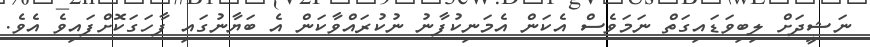
ނަޝީދަށް ލިބިވަޑައިގަތް ނަމަވެސް އެކަން އެމަނިކުފާނު ނުކުރައްވާކަން އެ ބަޔާނުގައި ފާހަގަކޮށްފައިވެ އެވެ.